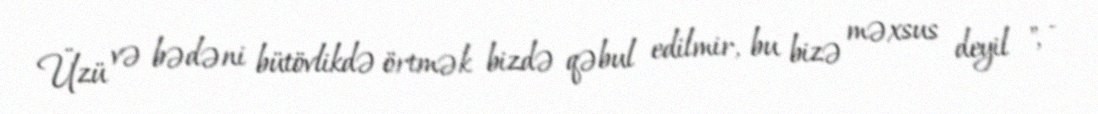
Üzü və bədəni bütövlikdə örtmək bizdə qəbul edilmir, bu bizə məxsus deyil ", -